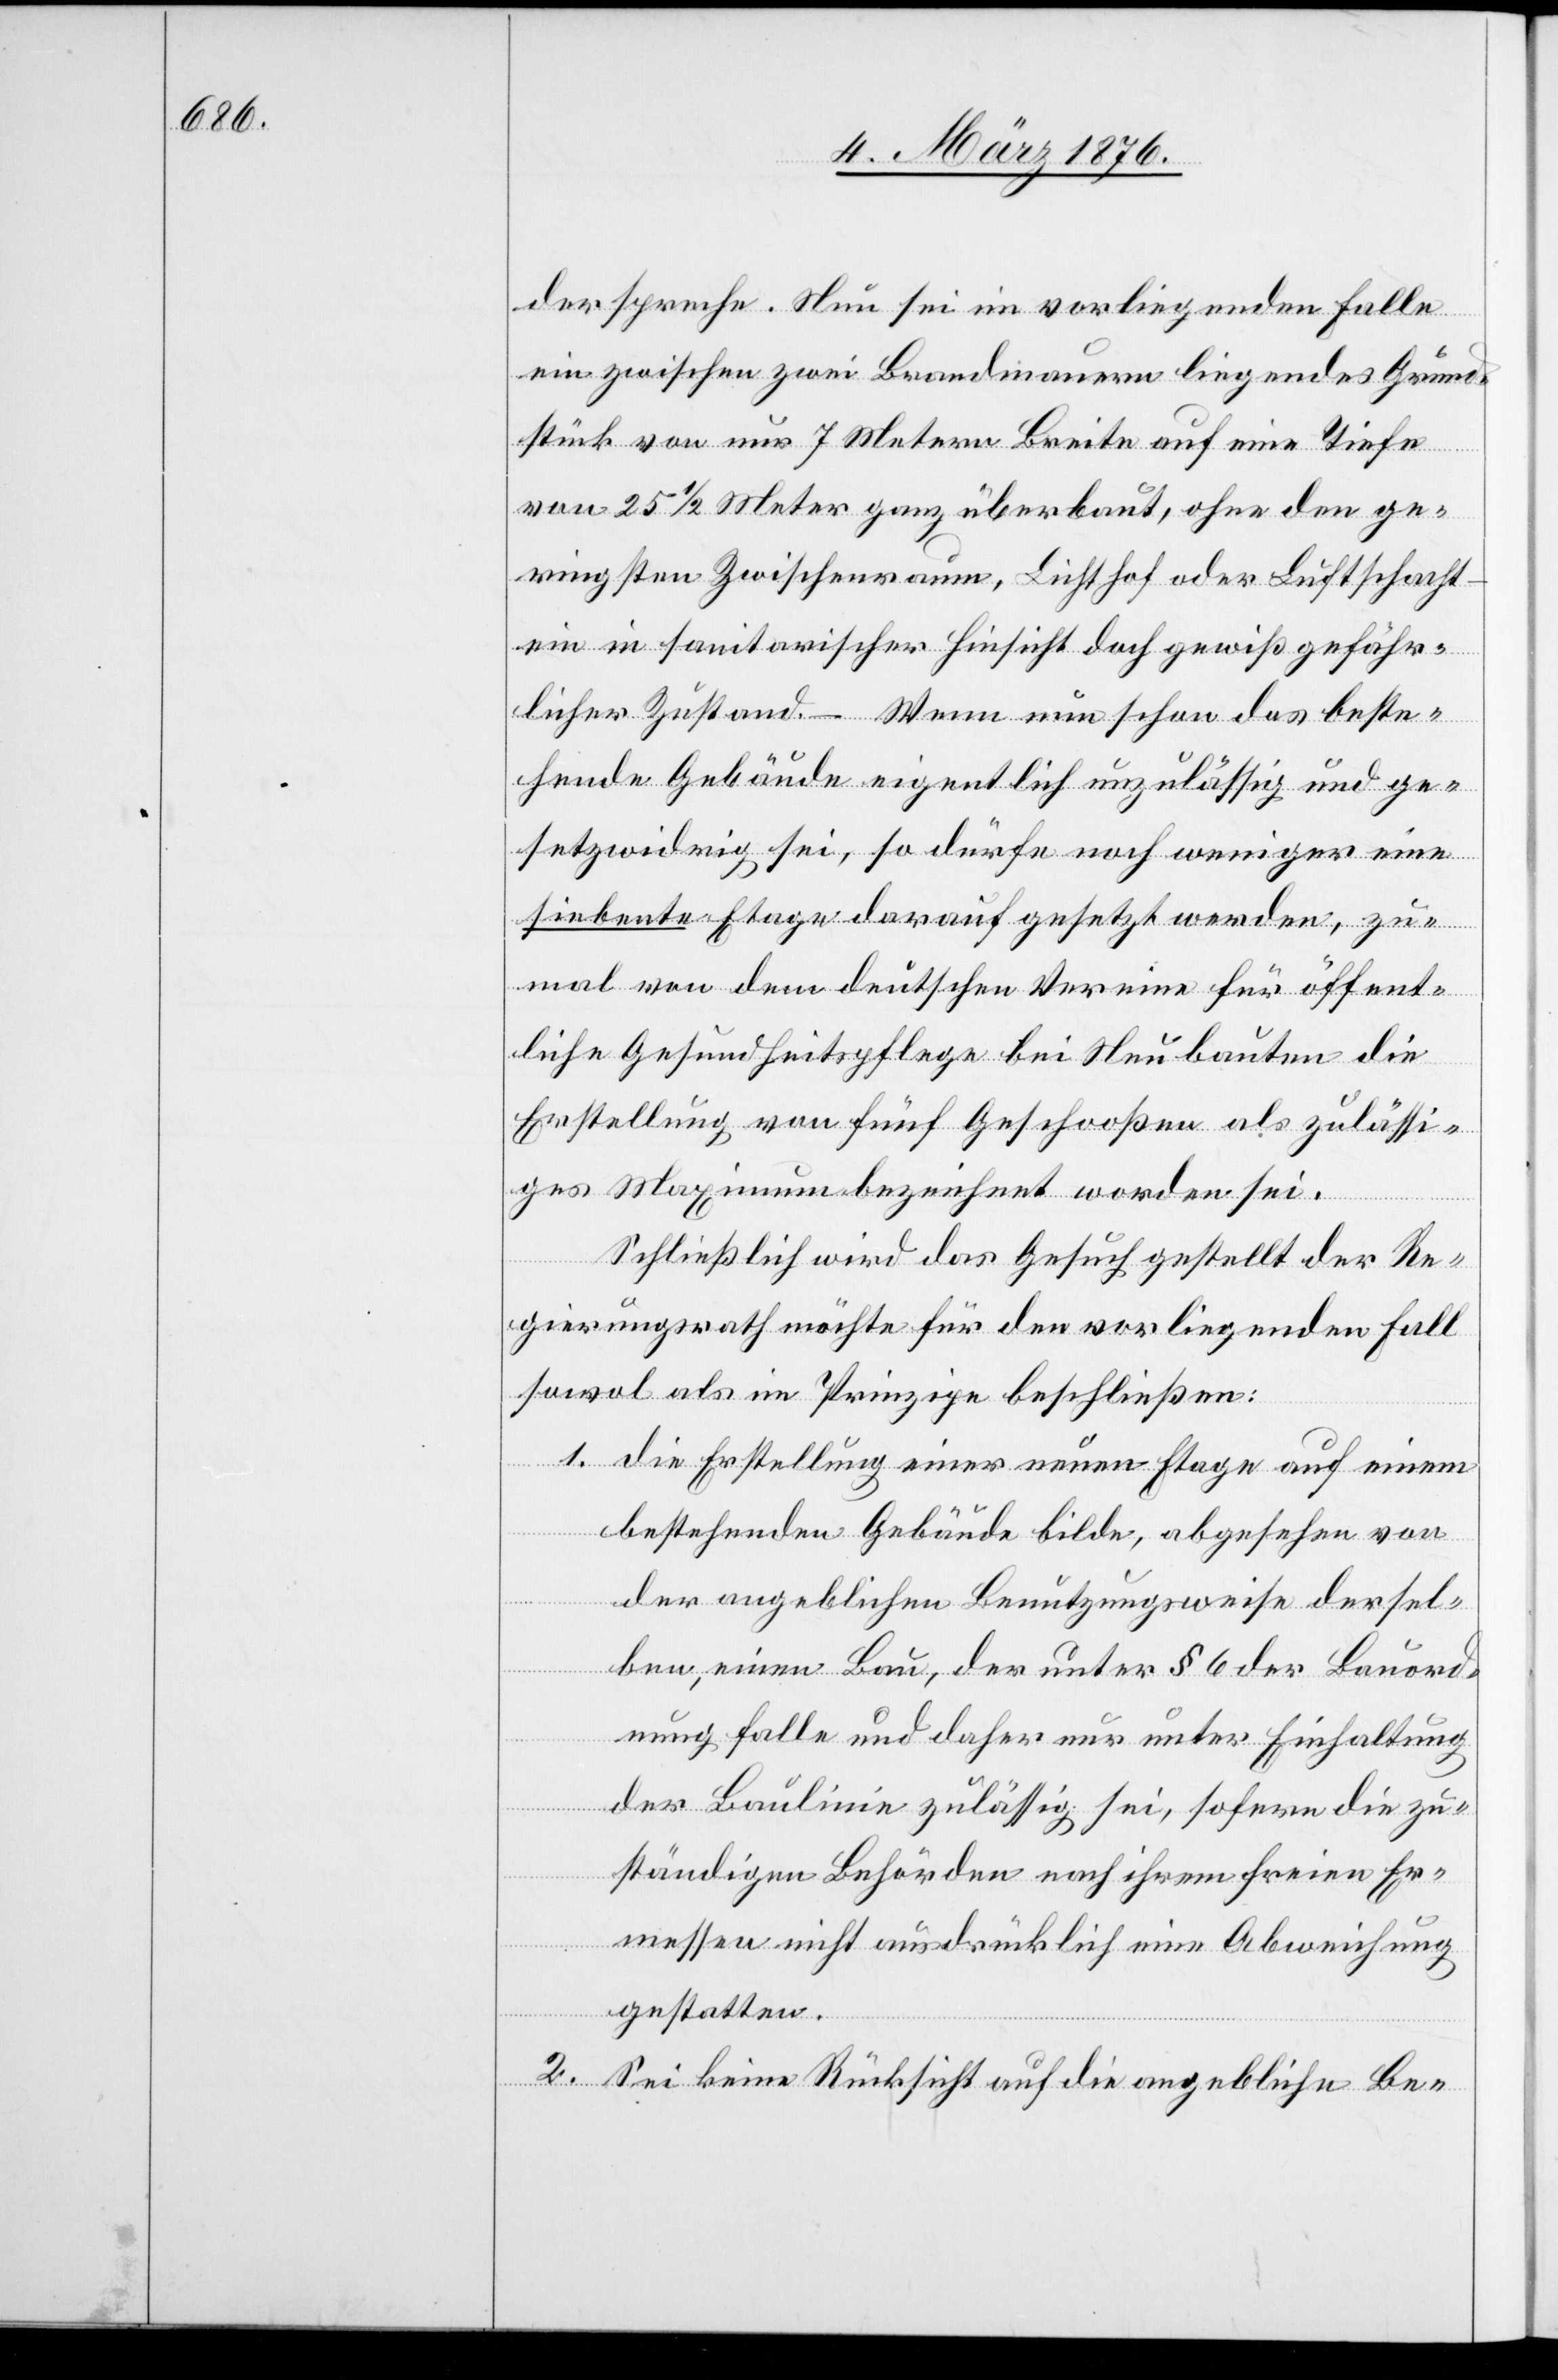
derspreche. Neu sei im vorliegenden Falle
ein zwischen zwei Brandmauern liegendes Grund¬
stück von nur 7 Metern Breite auf eine Tiefe
von 25 1/2 Meter ganz überbaut, ohne den ge¬
ringsten Zwischenraum, Lichthof oder Luftschacht
ein in sanitarischer Hinsicht doch gewiß gefähr¬
licher Zustand. – Wenn nun schon das beste¬
hende Gebäude eigentlich unzulässig und ge¬
setzwidrig sei, so dürfe noch weniger eine
siebente Etage darauf gesetzt werden, zu¬
mal von dem deutschen Vereine für öffent¬
liche Gesundheitspflege bei Neubauten die
Erstellung von fünf Geschoßen als zulässi¬
ges Maximum bezeichnet worden sei.
Schließlich wird das Gesuch gestellt der Re¬
gierungsrath möchte für den vorliegenden Fall
sowol als im Prinzipe beschließen:
1. die Erstellung einer neuen Etage auf einem
bestehenden Gebäude bilde, abgesehen von
der angeblichen Benutzungsweise dersel¬
ben, einen Bau, der unter § 6 der Bauord¬
nung falle und daher nur unter Einhaltung
der Baulinie zulässig sei, sofern die zu¬
ständigen Behörden nach ihrem freien Er¬
messen nicht ausdrücklich eine Abweisung
gestatten.
2. Sei keine Rücksicht auf die angebliche Be-